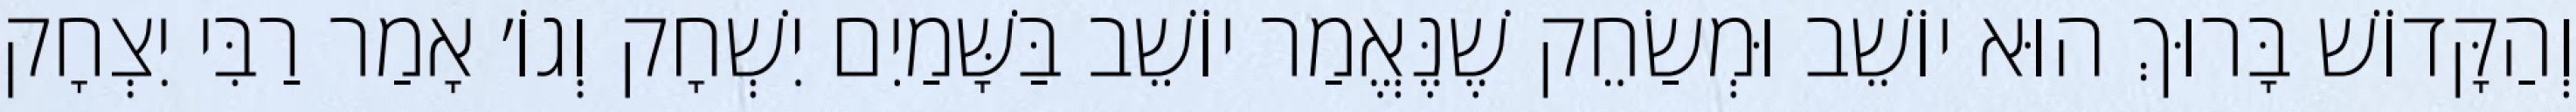
וְהַקָּדוֹשׁ בָּרוּךְ הוּא יוֹשֵׁב וּמְשַׂחֵק שֶׁנֶּאֱמַר יוֹשֵׁב בַּשָּׁמַיִם יִשְׁחָק וְגוֹ׳ אָמַר רַבִּי יִצְחָק